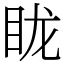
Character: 眬